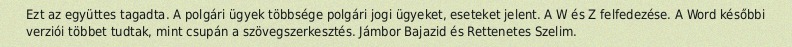
Ezt az együttes tagadta. A polgári ügyek többsége polgári jogi ügyeket, eseteket jelent. A W és Z felfedezése. A Word későbbi verziói többet tudtak, mint csupán a szövegszerkesztés. Jámbor Bajazid és Rettenetes Szelim.